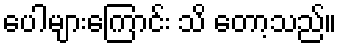
ပေါများကြောင်း သိ တော့သည်။